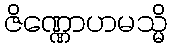
ဇိဏ္ဏောဟမသ္မိ